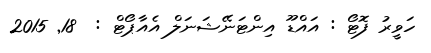
ހަވީރު ފޮޓޯ : އައްޑޫ އިންޓަނޭޝަނަލް އެއާޕޯޓް :  18